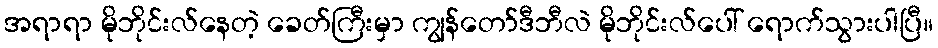
အရာရာ မိုဘိုင်းလ်နေတဲ့ ခေတ်ကြီးမှာ ကျွန်တော်ဒီဘီလဲ မိုဘိုင်းလ်ပေါ် ရောက်သွားပါပြီ။